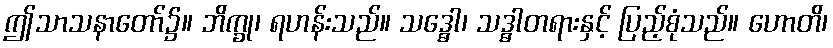
ဤသာသနာတော်၌။ ဘိက္ခု၊ ရဟန်းသည်။ သဒ္ဓေါ၊ သဒ္ဓါတရားနှင့် ပြည့်စုံသည်။ ဟောတိ၊